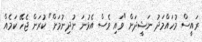
ރައީސް މުހައްމަދު ނަޝީދަށް "ވައި ވެސް އެޅުނަ ނުދިނުމަށް" ކުރަން ޖެހޭ ކަމެއް